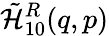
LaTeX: \tilde{{\cal H}}_{10}^{R}(q,p)